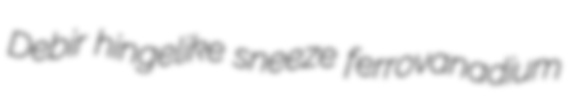
Debir hingelike sneeze ferrovanadium